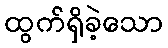
ထွက်ရှိခဲ့သော